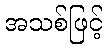
အသစ်ဖြင့်